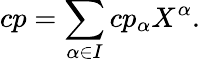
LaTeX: cp=\sum_{\alpha\in I}cp_{\alpha}X^{\alpha}.